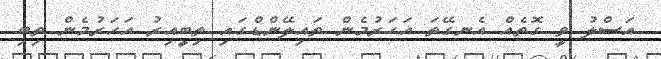
އަސްލު ވީ ގޮތެއް އެނގޭތަ އަހަރުމެން ތައިލޭންޑްގައި ތިބީއިރު އަހަރުމެން ތިބި